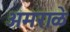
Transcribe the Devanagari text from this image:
अमराळे